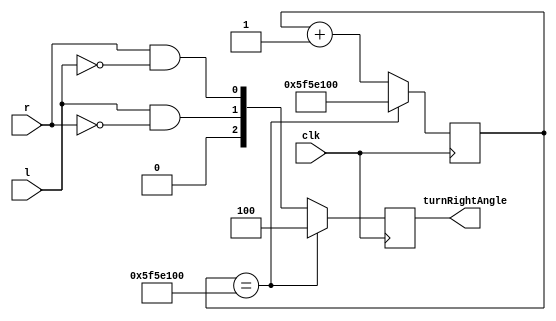
`timescale 1ns / 1ps
module turnRightAngle(
    input l,
    input r,
    input clk,
    output reg[2:0] turnRightAngle
    );
    reg[29:0] cnt = 0;
    parameter maxcnt = 30'd100000000;
    always @(posedge clk) begin
        if (cnt == maxcnt) begin
            turnRightAngle = 3'b100;
            cnt = maxcnt;
        end
        else begin
            turnRightAngle = {1'b0, l & ~r, r & ~l};
            cnt = cnt + 1'b1;
        end
    end
endmodule